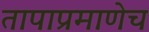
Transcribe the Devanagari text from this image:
तापाप्रमाणेच